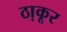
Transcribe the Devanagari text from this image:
ठा़कूर